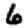
Digit: 6